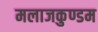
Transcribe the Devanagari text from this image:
मलाजकुण्डम